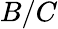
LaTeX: B/C